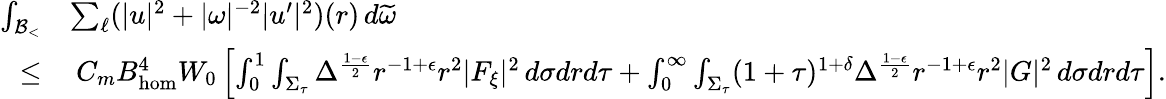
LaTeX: \begin{array}{rl}{\int_{{\mathcal{B}_{<}}}}&{\sum_{\ell}(|u|^{2}+|\omega|^{-2}|u^{\prime}|^{2})(r)\, d\widetilde{\omega}}\\ {\leq}&{\: C_{m}B_{\mathrm{hom}}^{4}W_{0}\left[\int_{0}^{1}\int_{\Sigma_{\tau}}\Delta^{\frac{1-\epsilon}{2}}r^{-1+\epsilon}r^{2}|F_{\xi}|^{2}\, d\sigma drd\tau+\int_{0}^{\infty}\int_{\Sigma_{\tau}}(1+\tau)^{1+\delta}\Delta^{\frac{1-\epsilon}{2}}r^{-1+\epsilon}r^{2}|G|^{2}\, d\sigma drd\tau\right].}\end{array}